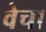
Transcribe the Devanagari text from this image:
वेचा